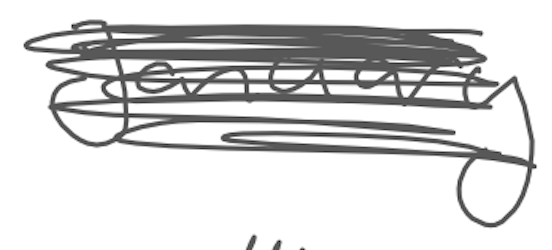
Text: January
Cross-out: scratch
Writing tool: digital_gray